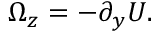
\Omega _ { z } = - \partial _ { y } U .